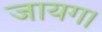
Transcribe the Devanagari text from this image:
जायग।